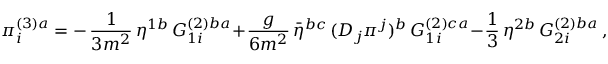
\pi _ { i } ^ { ( 3 ) a } = - \, \frac { 1 } { 3 m ^ { 2 } } \, \eta ^ { 1 b } \, G _ { 1 i } ^ { ( 2 ) b a } + \frac { g } { 6 m ^ { 2 } } \, \bar { \eta } ^ { b c } \, ( D _ { j } \pi ^ { j } ) ^ { b } \, G _ { 1 i } ^ { ( 2 ) c a } - \frac { 1 } { 3 } \, \eta ^ { 2 b } \, G _ { 2 i } ^ { ( 2 ) b a } \, ,